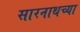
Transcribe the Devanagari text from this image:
सारनाथच्या